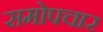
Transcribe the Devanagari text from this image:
समोपचार